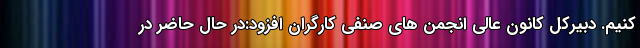
کنیم. دبیرکل کانون عالی انجمن های صنفی کارگران افزود:در حال حاضر در